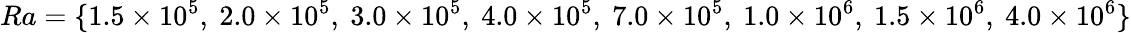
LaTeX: Ra=\{ 1.5\times 10^{5},\ 2.0\times 10^{5},\ 3.0\times 10^{5},\ 4.0\times 10^{5},\ 7.0\times 10^{5},\ 1.0\times 10^{6},\ 1.5\times 10^{6},\ 4.0\times 10^{6}\}